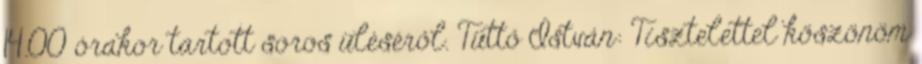
14.00 órakor tartott soros üléséről. Tüttő István: Tisztelettel köszönöm